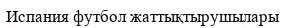
Испания футбол жаттықтырушылары